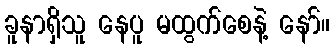
ခူနာရှိသူ နေပူ မထွက်စေနဲ့ နော်။